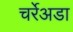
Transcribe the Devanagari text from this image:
चर्रेअडा